Civil Veterinary Dept. North-West Frontier Province 1923-32 - 1923-1932
Year: 1923
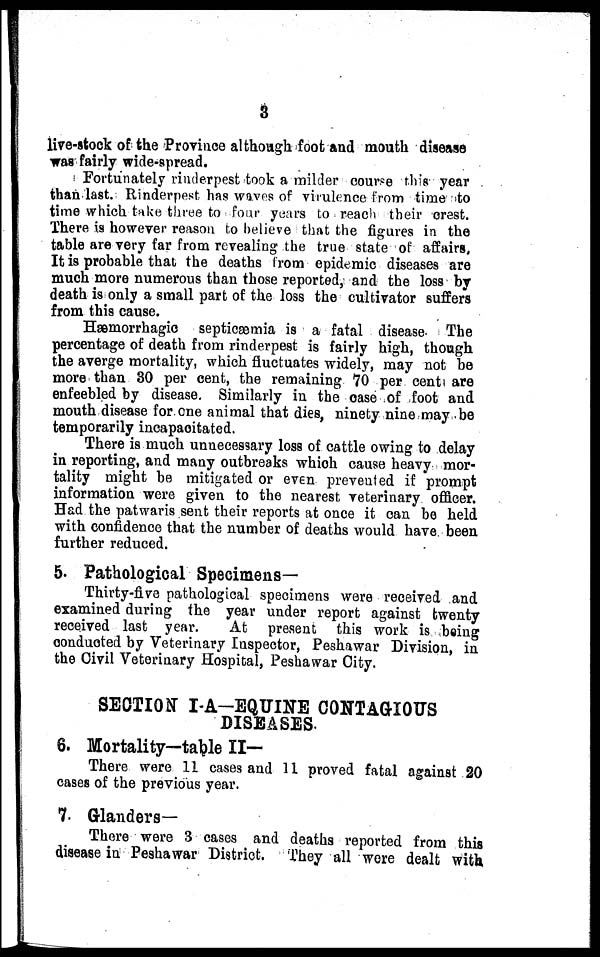
3
live-stock of the Province although foot and mouth disease
was fairly wide-spread.
Fortunately rinderpest took a milder course this year
than last. Rinderpest has waves of virulence from time to
time which take three to four years to reach their crest.
There is however reason to believe that the figures in the
table are very far from revealing the true state of affairs.
It is probable that the deaths from epidemic diseases are
much more numerous than those reported, and the loss by
death is only a small part of the loss the cultivator suffers
from this cause.
Hæmorrhagic septicæmia is a fatal disease. The
percentage of death from rinderpest is fairly high, though
the averge mortality, which fluctuates widely, may not be
more than 30 per cent, the remaining 70 per cent are
enfeebled by disease. Similarly in the case of foot and
mouth disease for one animal that dies, ninety nine may be
temporarily incapacitated.
There is much unnecessary loss of cattle owing to delay
in reporting, and many outbreaks which cause heavy mor-
tality might be mitigated or even prevented if prompt
information were given to the nearest veterinary officer.
Had the patwaris sent their reports at once it can be held
with confidence that the number of deaths would have been
further reduced.
5. Pathological Specimens—
Thirty-five pathological specimens were received and
examined during the year under report against twenty
received last year.
At present this work is being
conducted by Veterinary Inspector, Peshawar Division, in
the Civil Veterinary Hospital, Peshawar City.
SECTION I-A-EQUINE CONTAGIOUS
DISEASES.
6. Mortality—table II—
There were 11 cases and 11 proved fatal against 20
cases of the previous year.
7. Glanders-
There were 3 cases and deaths reported from this
disease in Peshawar District. They all were dealt with